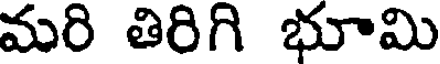
మరి తిరిగి భూమి